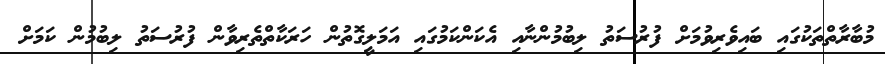
މުބާރާތްތަކުގައި ބައިވެރިވުމަށް ފުރުސަތު ލިބުމުންނާއި އެކަންކަމުގައި އަމަލީގޮތުން ހަރަކާތްތެރިވާން ފުރުސަތު ލިބުމުން ކަމަށް